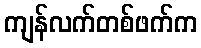
ကျန်လက်တစ်ဖက်က